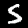
Label: 5